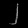
Digit: ၂